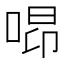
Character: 𠵫